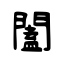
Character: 闔